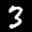
Label: 3